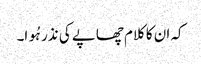
کہ ان کا کلام چھاپے کی نذر ہُوا۔